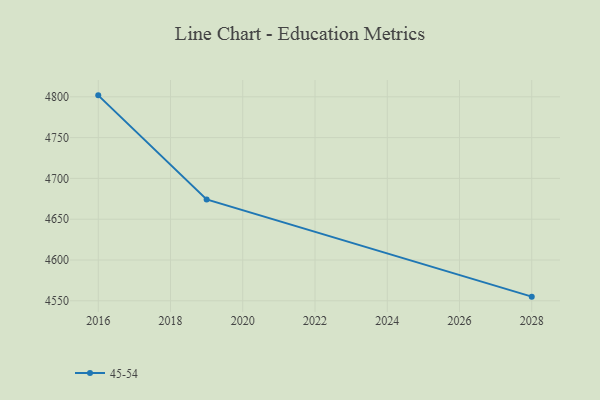
{"axis": {"x": "Year", "y": "Website Visitors"}, "legend": ["45-54"], "data": [{"x": "2028", "y": 4555.1, "type": "45-54"}, {"x": "2019", "y": 4674.2, "type": "45-54"}, {"x": "2016", "y": 4801.8, "type": "45-54"}]}